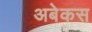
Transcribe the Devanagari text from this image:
अबेकस